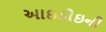
આઇકોઇની